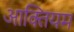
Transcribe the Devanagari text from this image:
आक्तियम